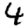
Digit: 4